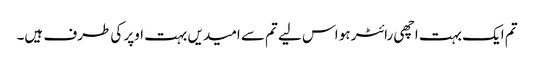
تم ایک بہت اچھی رائٹر ہو اس لیے تم سے امیدیں بہت اوپر کی طرف ہیں۔